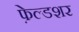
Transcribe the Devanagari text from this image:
फ़ेल्डशर